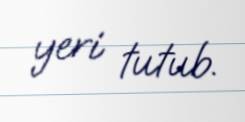
yeri tutub.